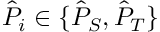
\hat { P } _ { i } \in \{ \hat { P } _ { S } , \hat { P } _ { T } \}